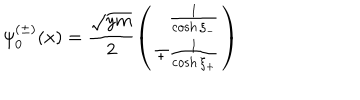
LaTeX: \psi _ { 0 } ^ { ( \pm ) } ( x ) = \frac { \sqrt { y m } } { 2 } \left( \begin{array} { r } { { \frac { 1 } { \cosh \xi _ { - } } } } \\ { { \mp \frac { 1 } { \cosh \xi _ { + } } } } \\ \end{array} \right)